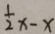
\frac { 1 } { 2 } x - x